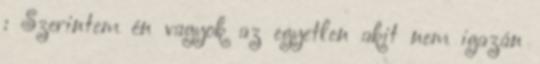
: Szerintem én vagyok az egyetlen akit nem igazán